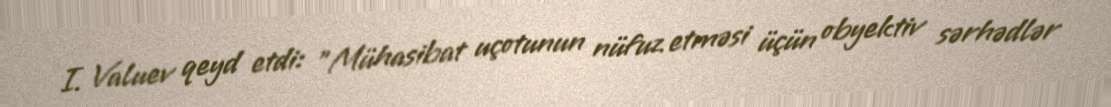
I. Valuev qeyd etdi: "Mühasibat uçotunun nüfuz etməsi üçün obyektiv sərhədlər